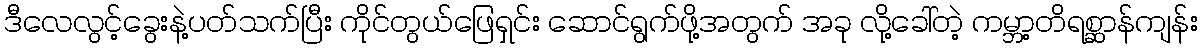
ဒီလေလွင့်ခွေးနဲ့ပတ်သက်ပြီး ကိုင်တွယ်ဖြေရှင်း ဆောင်ရွက်ဖို့အတွက် အခု လို့ခေါ်တဲ့ ကမ္ဘာ့တိရစ္ဆာန်ကျန်း